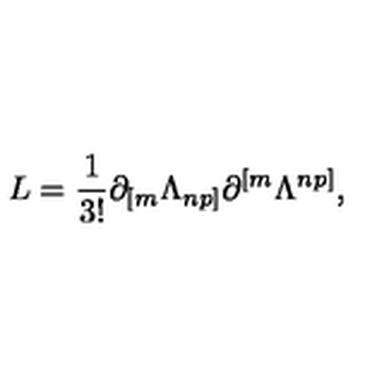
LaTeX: L = { \frac { 1 } { 3 ! } } \partial _ { [ m } \Lambda _ { n p ] } \partial ^ { [ m } \Lambda ^ { n p ] } ,